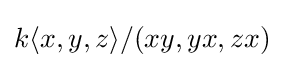
k\langle x,y,z\rangle /(xy,yx,zx)